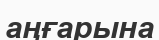
аңғарына